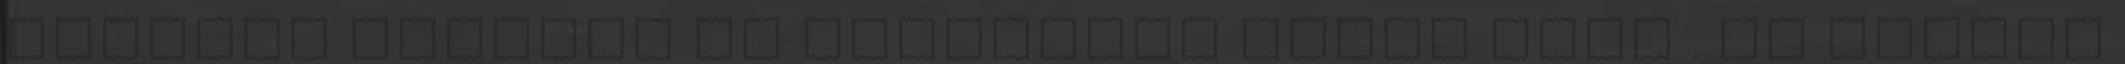
Mindent megtett és mindennek utána járt . Ha teszel